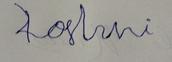
Signature authenticity: forged